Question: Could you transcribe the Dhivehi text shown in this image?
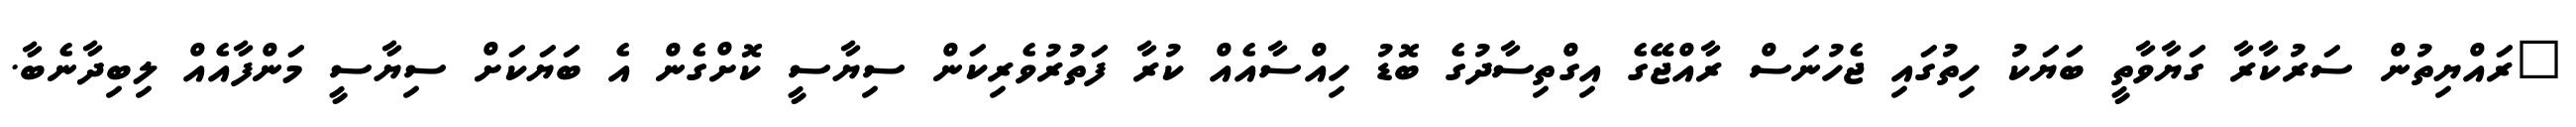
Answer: "ރައްޔިތުން ސަރުކާރާ ގަޔާވާތީ ބަޔަކު ހިތުގައި ޖެހުނަސް ރާއްޖޭގެ އިގްތިސާދުގެ ބޮޑު ހިއްސާއެއް ކުރާ ފަތުރުވެރިކަން ސިޔާސީ ކޮށްގެން އެ ބަޔަކަށް ސިޔާސީ މަންފާއެއް ލިބިދާނެބާ.